画像に写った文字を読んでください
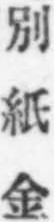
「別紙金」と書いてあります